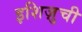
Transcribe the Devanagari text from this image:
इशिज़ुची